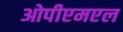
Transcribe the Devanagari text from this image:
ओपीएमएल